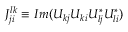
J _ { j i } ^ { l k } \equiv I m ( U _ { k j } U _ { k i } U _ { l j } ^ { \ast } U _ { l i } ^ { \ast } )